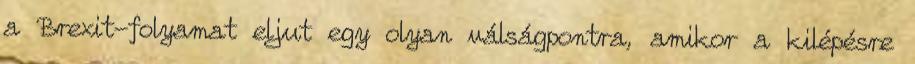
a Brexit-folyamat eljut egy olyan válságpontra, amikor a kilépésre